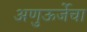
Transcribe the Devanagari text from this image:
अणुऊर्जेचा